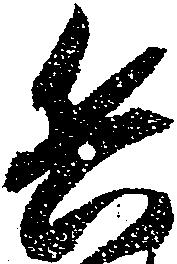
兵